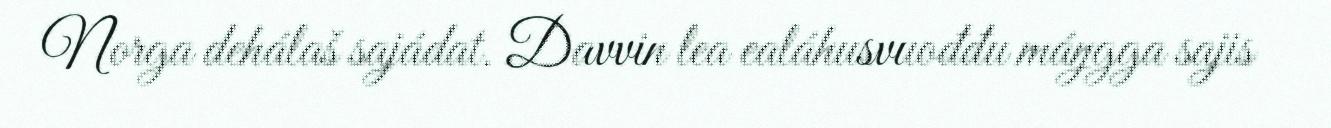
Norga dehálaš sajádat. Davvin lea ealáhusvuođđu máŋgga sajis